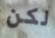
لكن